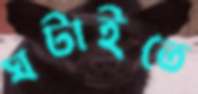
ঘটাইতে